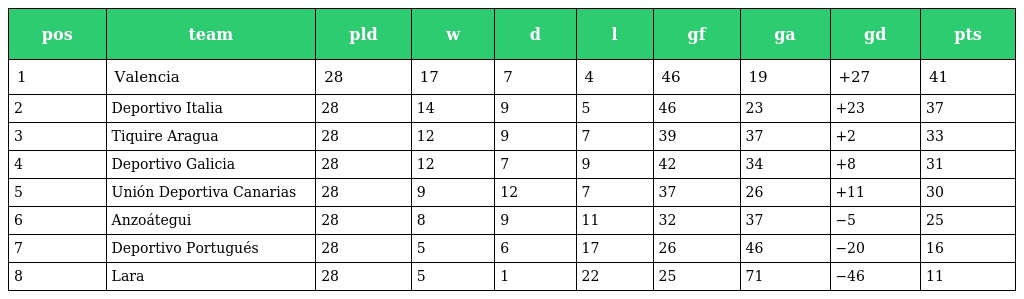
| pos | team | pld | w | d | l | gf | ga | gd | pts |
 | --- | --- | --- | --- | --- | --- | --- | --- | --- | --- |
 | 1 | Valencia | 28 | 17 | 7 | 4 | 46 | 19 | +27 | 41 |
 | 2 | Deportivo Italia | 28 | 14 | 9 | 5 | 46 | 23 | +23 | 37 |
 | 3 | Tiquire Aragua | 28 | 12 | 9 | 7 | 39 | 37 | +2 | 33 |
 | 4 | Deportivo Galicia | 28 | 12 | 7 | 9 | 42 | 34 | +8 | 31 |
 | 5 | Unión Deportiva Canarias | 28 | 9 | 12 | 7 | 37 | 26 | +11 | 30 |
 | 6 | Anzoátegui | 28 | 8 | 9 | 11 | 32 | 37 | −5 | 25 |
 | 7 | Deportivo Portugués | 28 | 5 | 6 | 17 | 26 | 46 | −20 | 16 |
 | 8 | Lara | 28 | 5 | 1 | 22 | 25 | 71 | −46 | 11 |